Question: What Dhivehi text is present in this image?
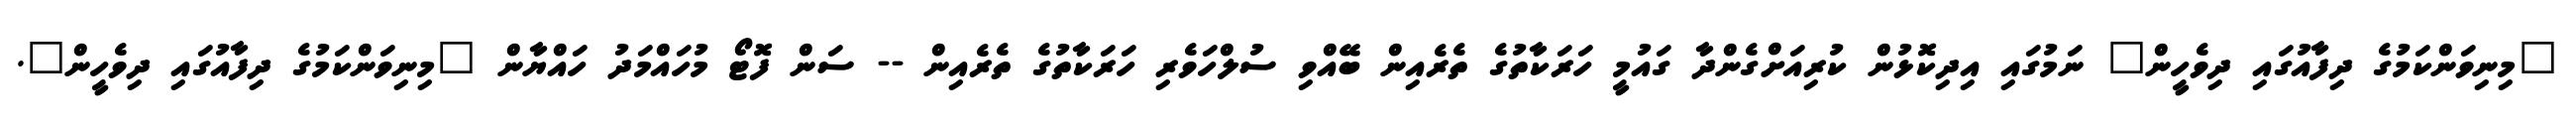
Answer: "މިނިވަންކަމުގެ ދިފާއުގައި ދިވެހީން" ނަމުގައި އިދިކޮޅުން ކުރިއަށްގެންދާ ގައުމީ ހަރަކާތުގެ ތެރެއިން ބޭއްވި ސުލްހަވެރި ހަރަކާތުގެ ތެރެއިން -- ސަން ފޮޓޯ މުހައްމަދު ހައްޔާން "މިނިވަންކަމުގެ ދިފާއުގައި ދިވެހީން".